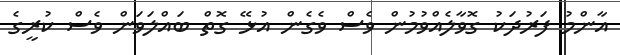
އާންމު ފަރުދަކު ގޮވާލެއްވުމުން ވެސް ވެގެން އުޅޭ ގޮތް ބައްލަވަން ވެސް ކުރީގެ